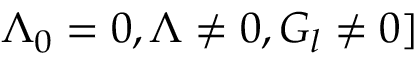
\Lambda _ { 0 } = 0 , \Lambda \neq 0 , G _ { l } \neq 0 ]